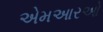
એમઆરઓ